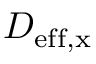
D _ { \mathrm { e f f , x } }